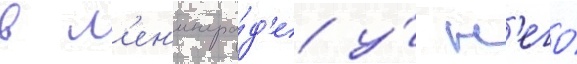
в л'ен'ингра́д'е у́ н'его́